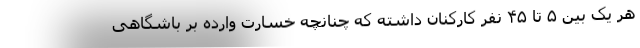
هر یک بین ۵ تا ۴۵ نفر کارکنان داشته که چنانچه خسارت وارده بر باشگاهی